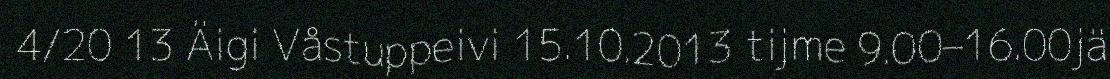
4/20 13 Äigi Våstuppeivi 15.10.2013 tijme 9.00–16.00jä